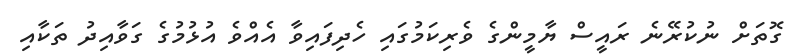
ގޮތަށް ނުކުރޭނެ ރައީސް ޔާމީންގެ ވެރިކަމުގައި ހެދިފައިވާ އެއްވެ އުޅުމުގެ ގަވާއިދު ތަކާއި